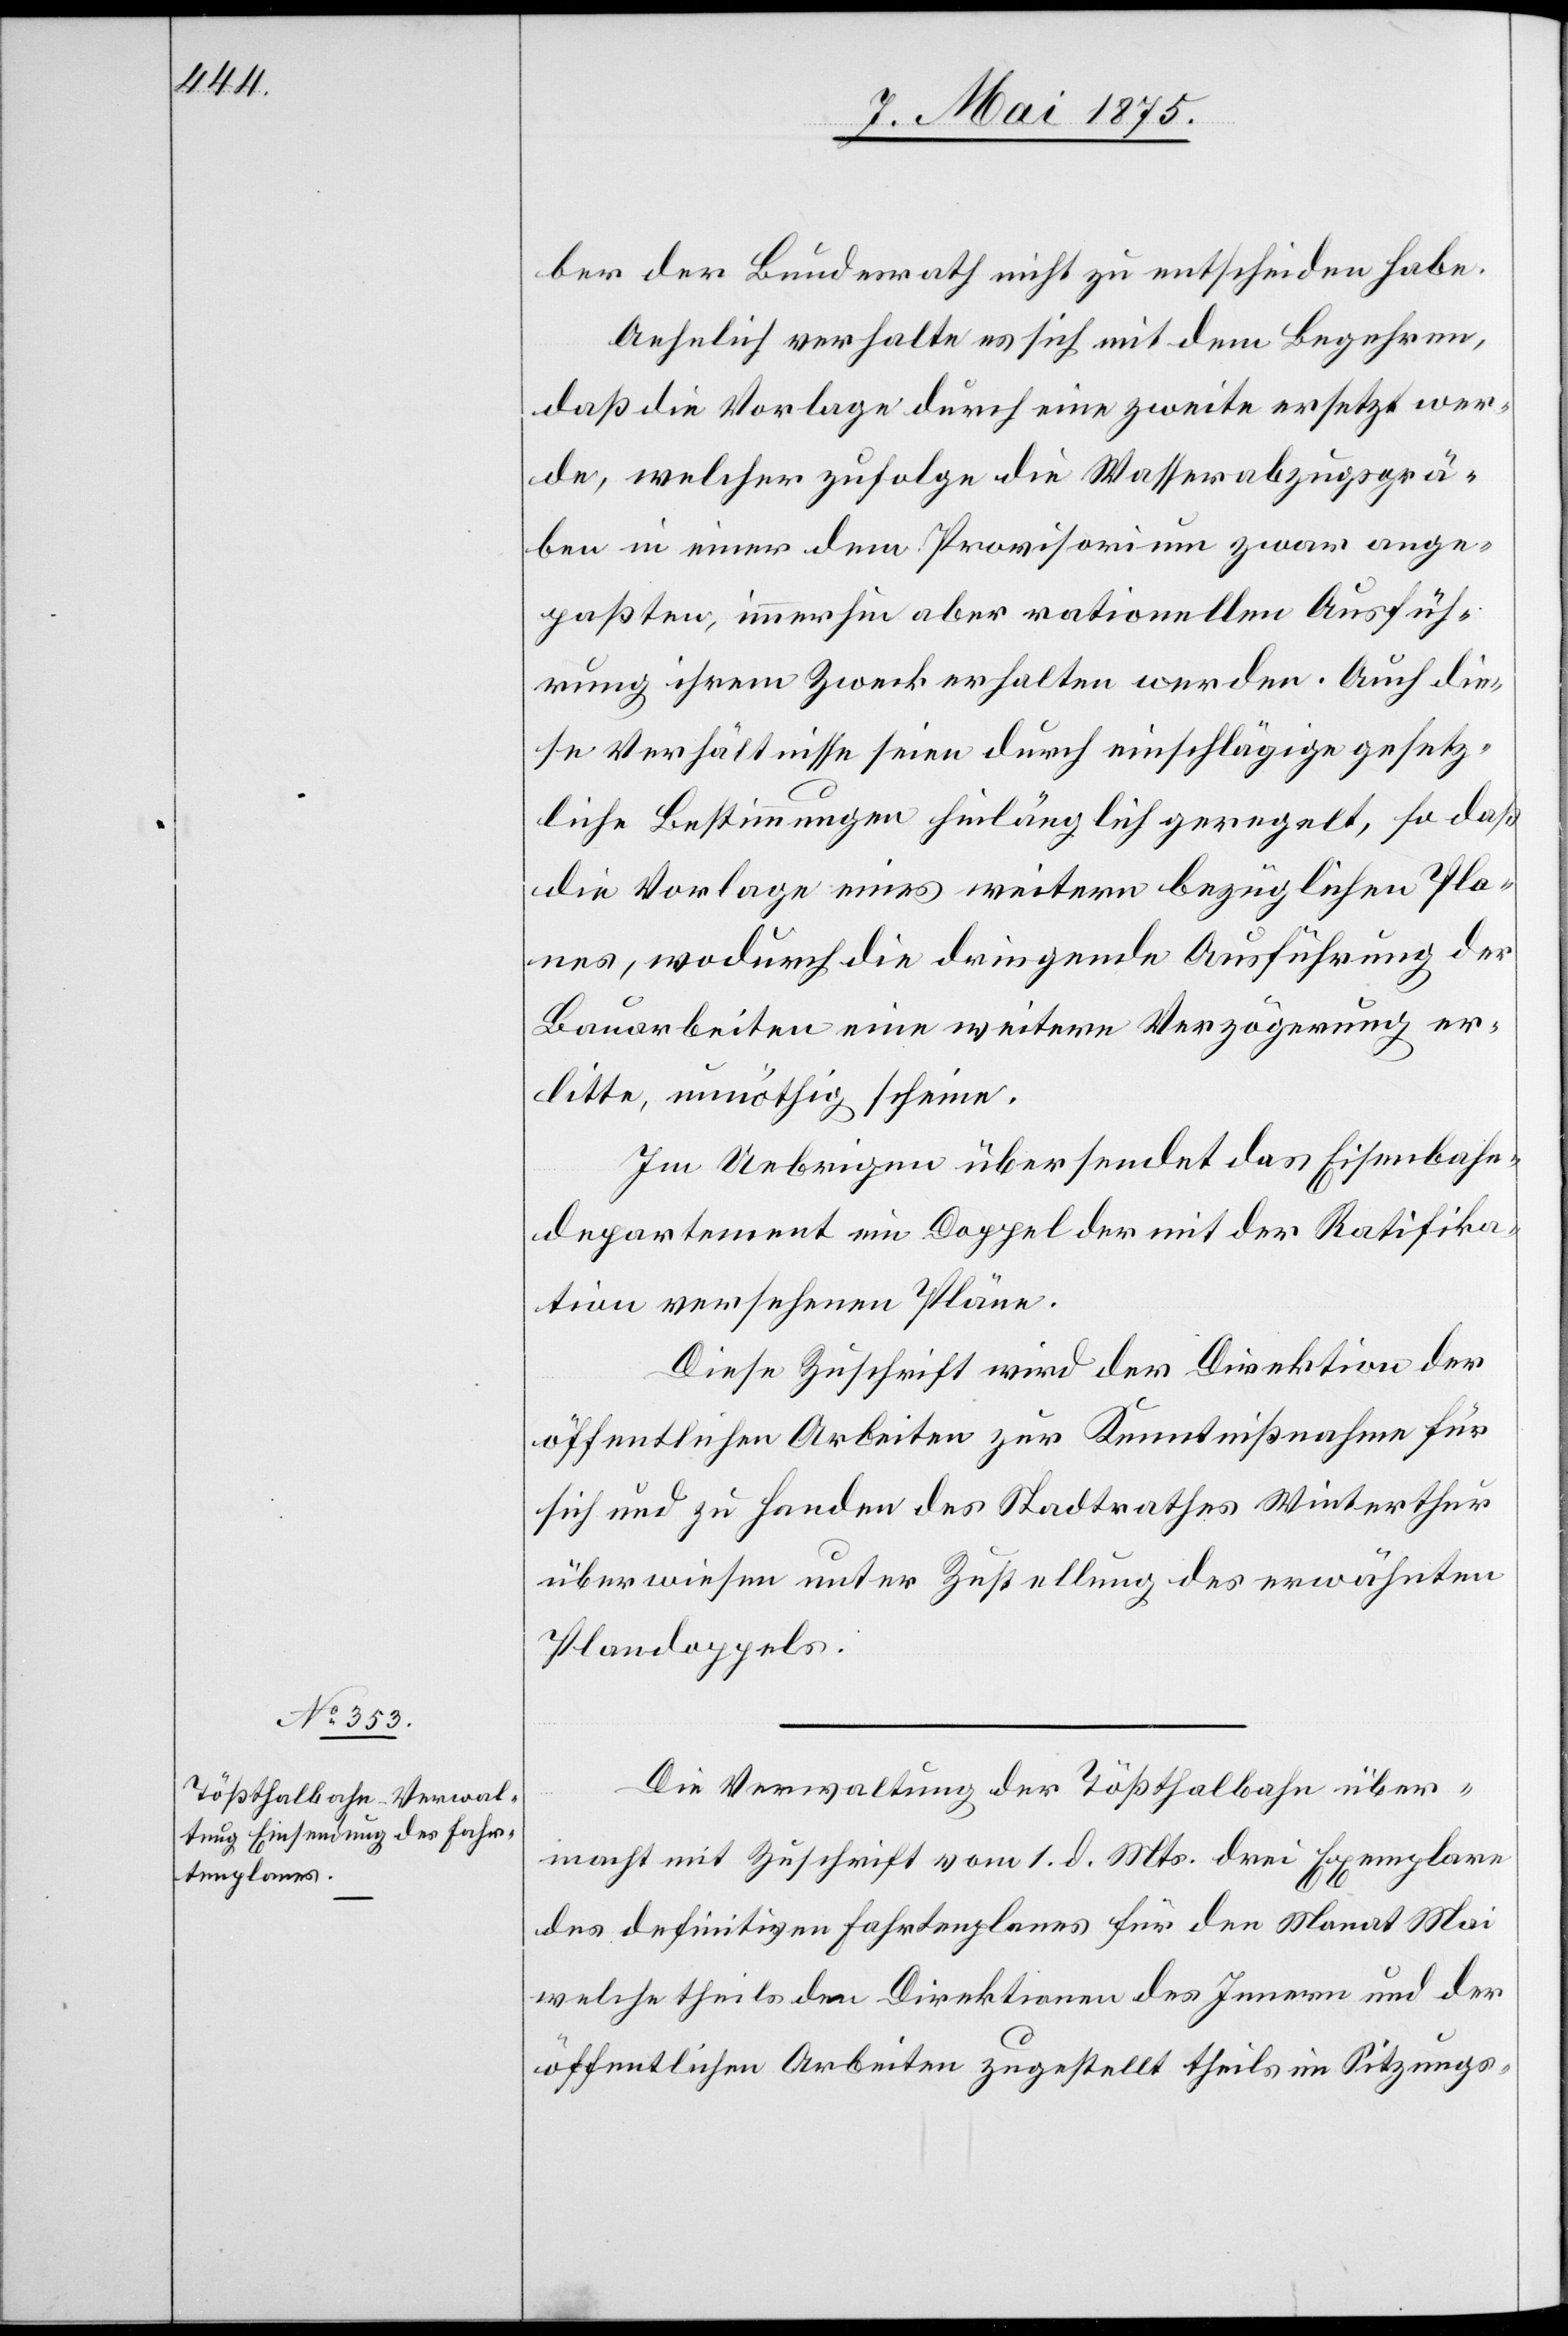
ber der Bundesrath nicht zu entscheiden habe.
Aehnlich verhalte es sich mit dem Begehren,
daß die Vorlage durch eine zweite ersetzt wer¬
de, welcher zufolge die Wasserabzugsgrä¬
ben in einer dem Provisorium zwar ange¬
paßten, immerhin aber rationellen Ausfüh¬
rung ihren Zweck erhalten werden. Auch die¬
se Verhältnisse seien durch einschlägige gesetz¬
liche Bestimmungen hinlänglich geregelt, so daß
die Vorlage eines weitern bezüglichen Pla¬
nes, wodurch die dringende Ausführung der
Bauarbeiten eine weitere Verzögerung er¬
litte, unnöthig scheine.
Im Uebrigen übersendet das Eisenbahn¬
departement ein Doppel der mit der Ratifika¬
tion versehenen Pläne.
Diese Zuschrift wird der Direktion der
öffentlichen Arbeiten zur Kenntnißnahme für
sich und zu Handen des Stadtrathes Winterthur
überwiesen unter Zustellung des erwähnten
Plandoppels.
Die Verwaltung der Tößthalbahn über¬
macht mit Zuschrift vom 1. d. Mts drei Exemplare
des definitiven Fahrtenplanes für den Monat Mai
welche theils den Direktionen des Innern und der
öffentlichen Arbeiten zugestellt theils im Sitzungs-